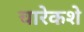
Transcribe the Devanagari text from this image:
चारेकशे